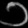
Digit: ၁